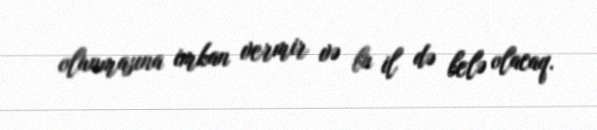
olunmasına imkan vermir və bu il də belə olacaq.